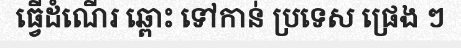
ធ្វើដំណើរ ឆ្ពោះ ទៅកាន់ ប្រទេស ផ្រេង ៗ